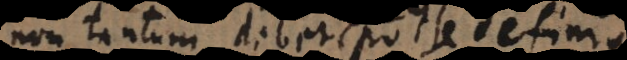
non tantum debet posse defini